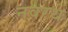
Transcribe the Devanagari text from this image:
नवरथ